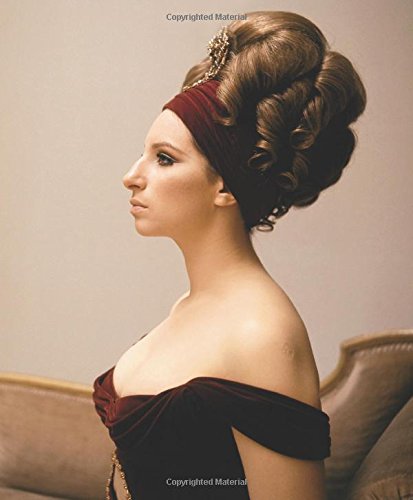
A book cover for Streisand: In the Camera Eye (Barbra Streisand); James Spada; Arts & Photography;